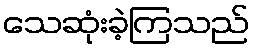
သေဆုံးခဲ့ကြသည်